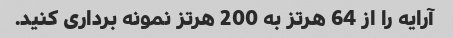
آرایه را از 64 هرتز به 200 هرتز نمونه برداری کنید.